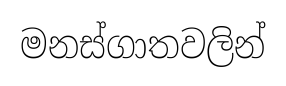
මනස්ගාතවලින්